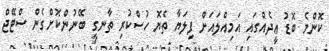
ކޮންމެ ބޮޑު ޢީދެއްގައި އަމިއްލައަށް ފިލަޔާ ތެޔޮ ހުސްކުރި ތާނގީ ބޭނުންކޮށްގެން ސްޓޭޖް